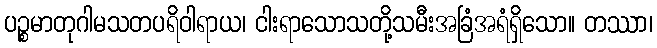
ပဉ္စမာတုဂါမသတပရိဝါရာယ၊ ငါးရာသောသတို့သမီးအခြံအရံရှိသော။ တဿာ၊